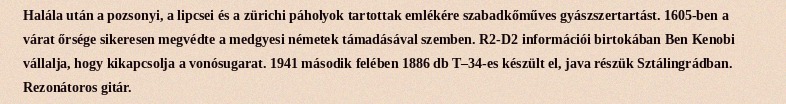
Halála után a pozsonyi, a lipcsei és a zürichi páholyok tartottak emlékére szabadkőműves gyászszertartást. 1605-ben a várat őrsége sikeresen megvédte a medgyesi németek támadásával szemben. R2-D2 információi birtokában Ben Kenobi vállalja, hogy kikapcsolja a vonósugarat. 1941 második felében 1886 db T–34-es készült el, java részük Sztálingrádban. Rezonátoros gitár.